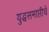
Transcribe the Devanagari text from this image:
युद्धसमाप्तीचे